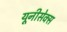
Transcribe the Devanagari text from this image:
यूनीसेक्स